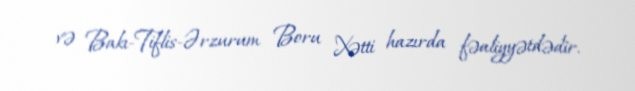
və Bakı-Tiflis-Ərzurum Boru Xətti hazırda fəaliyyətdədir.